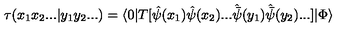
\tau ( x _ { 1 } x _ { 2 } . . . | y _ { 1 } y _ { 2 } . . . ) = \langle 0 | T [ { \hat { \psi } } ( x _ { 1 } ) { \hat { \psi } } ( x _ { 2 } ) . . . { \hat { \bar { \psi } } } ( y _ { 1 } ) { \hat { \bar { \psi } } } ( y _ { 2 } ) . . . ] | \Phi \rangle